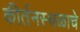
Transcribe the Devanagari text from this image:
कीर्तनस्थळाचे